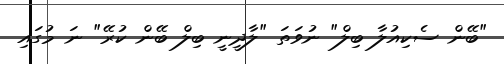
"ބޭން ސެކިއުލާ ބިލް" ނުވަތަ "ލާދީނީ ބިލް ބޭން ކުރޭ" ނަ މުގައި